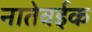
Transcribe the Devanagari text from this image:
नातेवईक